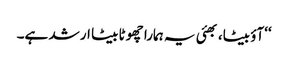
‘‘آؤ بیٹا، بھئی یہ ہمارا چھوٹا بیٹا ارشد ہے۔